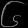
Digit: ၆